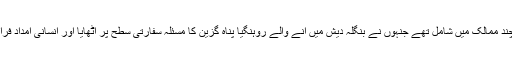
ہم ان چند ممالک میں شامل تھے جنہوں نے بنگلہ دیش میں آنے والے روہنگیا پناہ گزین کا مسئلہ سفارتی سطح پر اٹھایا اور انسانی امداد فراہم کی۔